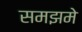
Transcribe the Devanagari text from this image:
समझमे